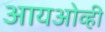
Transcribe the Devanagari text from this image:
आयओव्ही